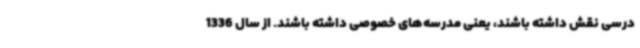
درسی نقش داشته باشند، یعنی مدرسه‌های خصوصی داشته باشند. از سال 1336